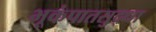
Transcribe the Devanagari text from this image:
भूकंपातसुद्धा